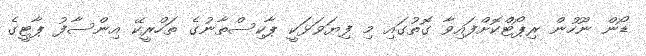
ޑޯން ނޫހުން ރިޕޯޓްކޮށްފައިވާ ގޮތުގައި މި ފިޔަވަޅަކީ ޕާކިސްތާނުގެ ތަހްރީކޭ އިންސާފު ޕާޓީގެ